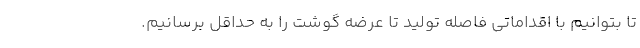
تا بتوانیم با اقداماتی فاصله تولید تا عرضه گوشت را به حداقل برسانیم.